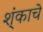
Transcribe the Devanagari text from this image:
श्ंकाचे